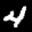
Label: 4